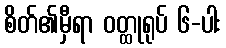
စိတ်၏မှီရာ ဝတ္ထုရုပ် ၆-ပါး